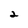
Character: 2